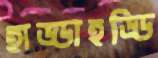
হাড্ডাহড্ডি